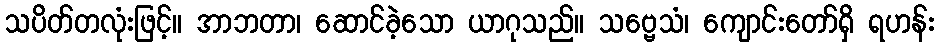
သပိတ်တလုံးဖြင့်။ အာဘတာ၊ ဆောင်ခဲ့သော ယာဂုသည်။ သဗ္ဗေသံ၊ ကျောင်းတော်ရှိ ရဟန်း